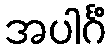
အပါင်္ဂံ